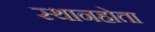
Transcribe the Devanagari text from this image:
स्थानहोता